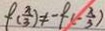
f ( \frac { \pi } { 3 } ) \neq - f ( - \frac { \pi } { 3 } )